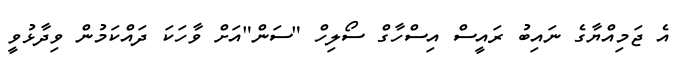
އެ ޖަމިއްޔާގެ ނައިބު ރައީސް އިސްހާގް ސޯލިހް "ސަން"އަށް ވާހަކަ ދައްކަމުން ވިދާޅުވީ